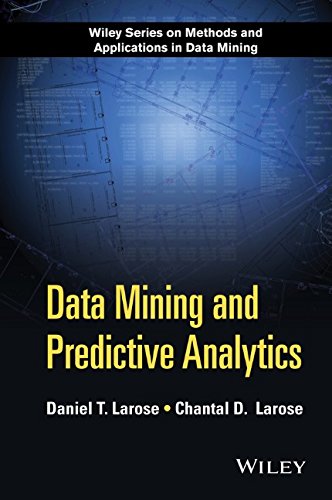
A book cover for Data Mining and Predictive Analytics (Wiley Series on Methods and Applications in Data Mining); Daniel T. Larose; Computers & Technology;